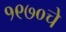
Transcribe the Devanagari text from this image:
१९७०चे